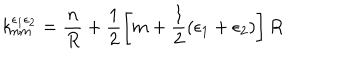
k _ { n m } ^ { \epsilon _ { 1 } \epsilon _ { 2 } } = \frac { n } { R } + \frac { 1 } { 2 } \left[ m + \frac { 1 } { 2 } ( \epsilon _ { 1 } + \epsilon _ { 2 } ) \right] R